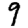
Digit: 9